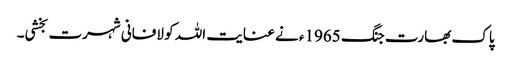
پاک بھارت جنگ 1965ء نے عنایت اللہ کو لافانی شہرت بخشی۔